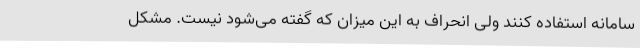
سامانه استفاده کنند ولی انحراف به این میزان که گفته می‌شود نیست. مشکل